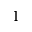
1